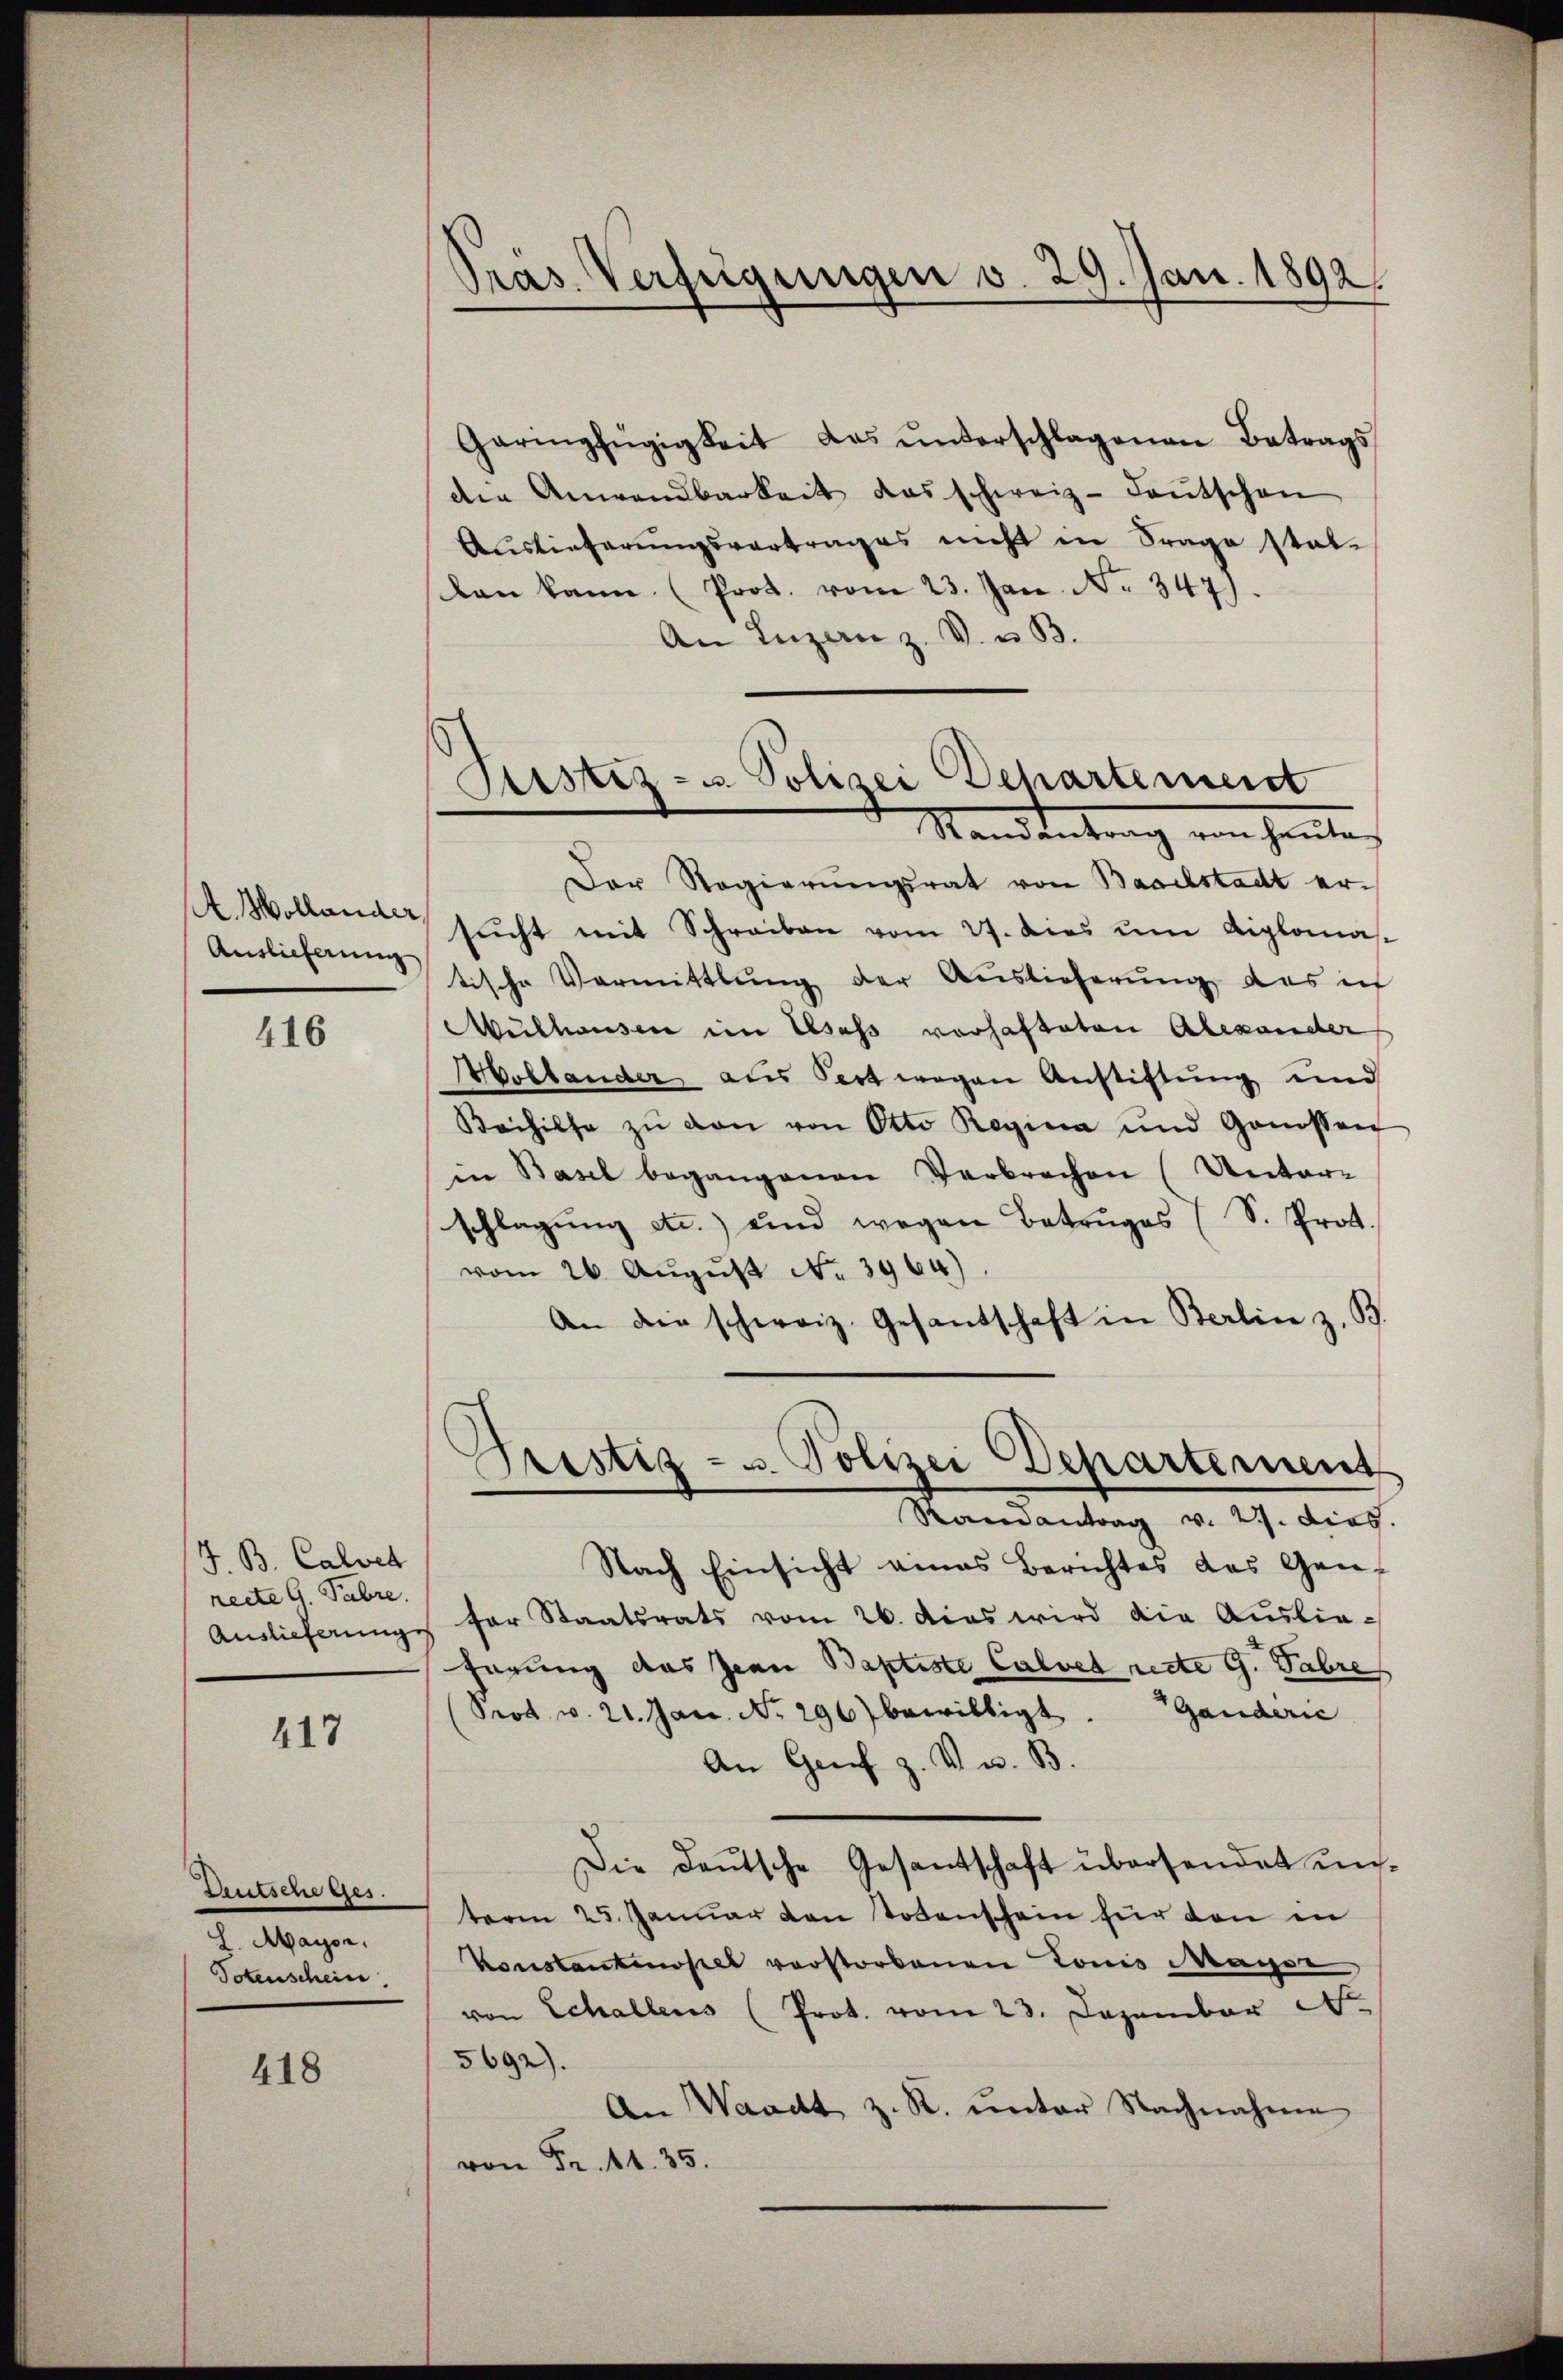
416

J. B. Calver
recte 6. Fabre

417

Deutsche Ges.
H. Maÿer.
Totenschein.

418

Präs. Verfügungen v. 29. Jan. 1892.

Sistiz- u. Polizei Departement

Garingfügigkeit das ŭnterschlagenen Betrags
der Anwendbarkeit das schweiz. Laŭtschen
Auslieferŭngsvertrages nicht in Frage statban kann (Prot. vom 23. Jan. No 347).
An Inzanz. V. u. B.
Mandentrag von heute,
Der Regierungsrat von Baselstadt er¬
A. Wollena sucht mit Schreiben vom 27. dies um Diplomas¬
Anslicherung tische Vermittlung der Auslieferŭng das ich
Mülhausen im Elsass vorhafteten Alexander
Mollauder aus Pert wegen Anstiftung und
Beihilfe zŭ von von Otto Regina und Genossen
in Basel begangenen Verbrechen (Unter-
schlagung etc.) und wegen Betruges (S. Prot.
vom 26. August No. 3964)
An die schweiz. Gesandschaft in Berlin z. B.
Gristig - u. Polizei Departement
Randantrag v. 27. dies
Nach Einsicht eines Berichtes des Gan-
Auslieferunge für Staatsrats vom 26. Das wird die Auslie-
hörung das Jean Baptiste Calver recte G. Fabre
(Prod. v. 21. Jan. No. 296) bewilligt. Ganderić
An Genf z. V. B.
Die Daŭtsche Gesantschaft übersendet un
term 25. Januar von Totenschein für den in
Konstantinopel verstorbenen Louis Mager
von Schallens (Prot. vom 23. Dezember d
5692)
An Waadt z. R. ŭnter Nachnahme
von Fr. 11. 35.